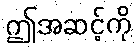
ဤအဆင့်ကို